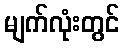
မျက်လုံးတွင်